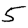
Digit: 5